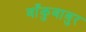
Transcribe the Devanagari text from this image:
बाँकुबाबुर